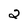
Character: 2